Triennial report on the lunatic asylums in the province of Eastern Bengal and Assam - 1903-1911
Year: 1903
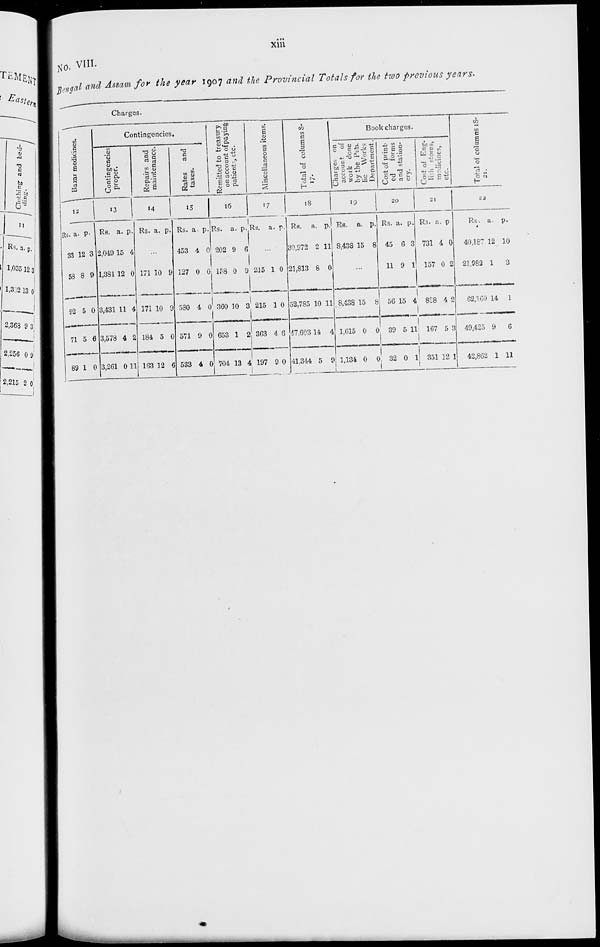
xiii
No. VIII.
Bengal and Assam for the year 1907 and the Provincial Totals for the two previous years.
Charges.
Bazar medicines.
12
Rs.
33
58
92
71
89
a.
12
8
5
5
1
p.
3
9
0
6
0
Contingencies.
Contingencies
proper.
13
Rs.
2,049
1,381
3,431
3,578
3,261
a.
15
12
11
4
0
p.
4
0
4
2
11
Repairs and
maintenance.
14
Rs. a. p.
...
171
171
184
163
10
10
5
12
9
9
0
6
Rates
and
taxes.
15
Rs.
453
127
580
571
533
a.
4
0
4
9
4
p.
0
0
0
0
0
Remitted to treasury
on account of paying
patients, etc.
16
Rs.
202
158
360
653
704
a.
9
0
10
1
13
p.
6
9
3
2
4
Miscellaneous items.
17
Rs. a. p.
...
215
215
363
197
1
1
4
9
0
0
6
0
Total of columns 8-
17.
18
Rs.
30,972
21,813
52,785
47,603
41,344
a.
2
8
10
14
5
p.
11
0
11
4
9
Book charges.
Charges on
account of
work done
by the Pub-
lic Works
Department.
19
Rs.
8,438
a.
15
p.
8
...
8,438
1,615
1,134
15
0
0
8
0
0
Cost of print-
ed
forms
and station-
ery.
20
Rs.
45
11
56
39
32
a.
6
9
15
5
0
p.
3
1
4
11
1
Cost of Eng-
lish stores,
medicines,
etc.
21
Rs.
731
157
888
167
351
a.
4
0
4
5
12
p.
0
2
2
3
1
Total of columns 18-
21.
22
Rs.
40,187
21,982
62,169
49,425
42,862
a.
12
1
14
9
1
p.
10
3
1
6
11